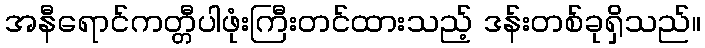
အနီရောင်ကတ္တီပါဖုံးကြီးတင်ထားသည့် ဒန်းတစ်ခုရှိသည်။